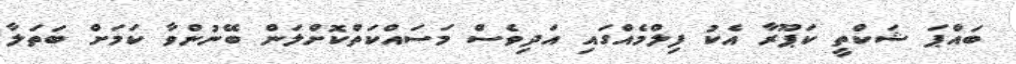
ބައްޕަ ޝަކްތީ ކަޕޫރާ އެކު ފިލްމެއްގައި އަދިވެސް މަސައްކަތްކޮށްލަން ބޭނުންވާ ކަމަށް ބަތަލާ